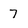
Character: 7